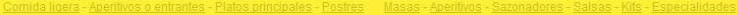

				Comida lioera-Abermvos o entrantes-Platos onncipales-Postres Masas-Aperitvos-Sazonadores-Salsas-Kits-Especialidades